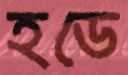
হডে